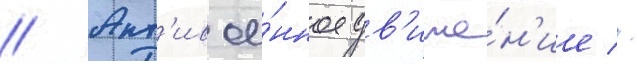
// Ант'ивое́нное дв'иже́н'ие //